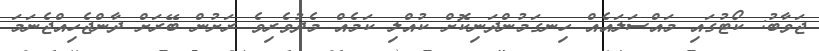
ޖަވާބު: ކޯޓުގައި މައްސަލައެއް ހިނގަމުންދަނިކޮށް ކުއްލި ކަމެއް މެދުވެރިވެ ރަށުން ބޭރަށް ދާންޖެހިއްޖެނަމަ